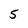
Character: 5